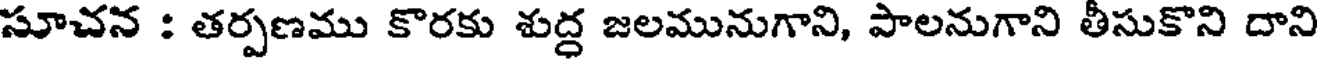
సూచన : తర్పణము కొరకు శుద్ద జలమునుగాని, పాలనుగాని తీసుకొని దాని